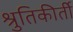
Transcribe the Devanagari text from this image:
श्रुतिकीर्ती